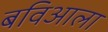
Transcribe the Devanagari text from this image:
बविआला